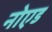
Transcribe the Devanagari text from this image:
नोएड